Civil Veterinary Dept. Assam report 1927-50 - 1927-1950
Year: 1927
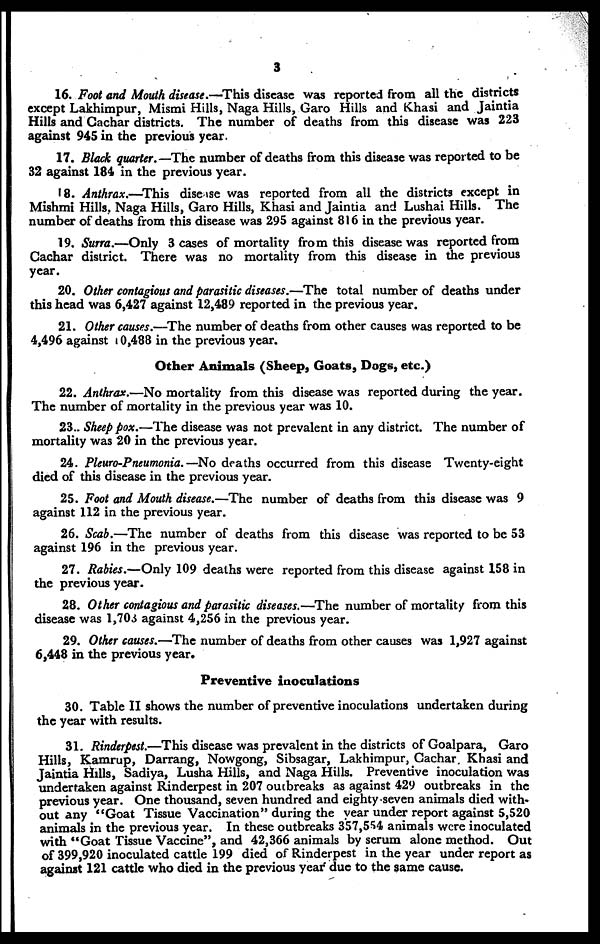
3
16. Foot and Mouth disease.—This disease was reported from all the districts
except Lakhimpur, Mismi Hills, Naga Hills, Garo Hills and Khasi and Jaintia
Hills and Cachar districts. The number of deaths from this disease was 223
against 945 in the previous year.
17. Black quarter.—The number of deaths from this disease was reported to be
32 against 184 in the previous year.
18. Anthrax.—This disease was reported from all the districts except in
Mishmi Hills, Naga Hills, Garo Hills, Khasi and Jaintia and Lushai Hills. The
number of deaths from this disease was 295 against 816 in the previous year.
19. Surra.—Only 3 cases of mortality from this disease was reported from
Cachar district. There was no mortality from this disease in the previous
year.
20. Other contagious and parasitic diseases.—The total number of deaths under
this head was 6,427 against 12,489 reported in the previous year.
21. Other causes.—The number of deaths from other causes was reported to be
4,496 against 10,488 in the previous year.
Other Animals (Sheep, Goats, Dogs, etc.)
22. Anthrax.—No mortality from this disease was reported during the year.
The number of mortality in the previous year was 10.
23. Sheep pox.—The disease was not prevalent in any district. The number of
mortality was 20 in the previous year.
24. Pleuro-Pneumonia.—No deaths occurred from this disease Twenty-eight
died of this disease in the previous year.
25. Foot and Mouth disease.—The number of deaths from this disease was 9
against 112 in the previous year.
26. Scab.—The number of deaths from this disease was reported to be 53
against 196 in the previous year.
27. Rabies.—Only 109 deaths were reported from this disease against 158 in
the previous year.
28. Other contagious and parasitic diseases.—The number of mortality from this
disease was 1,703 against 4,256 in the previous year.
29. Other causes.—The number of deaths from other causes was 1,927 against
6,448 in the previous year.
Preventive inoculations
30. Table II shows the number of preventive inoculations undertaken during
the year with results.
31. Rinderpest.—This disease was prevalent in the districts of Goalpara, Garo
Hills, Kamrup, Darrang, Nowgong, Sibsagar, Lakhimpur, Cachar Khasi and
Jaintia Hills, Sadiya, Lusha Hills, and Naga Hills. Preventive inoculation was
undertaken against Rinderpest in 207 outbreaks as against 429 outbreaks in the
previous year. One thousand, seven hundred and eighty seven animals died with-
out any "Goat Tissue Vaccination" during the year under report against 5,520
animals in the previous year. In these outbreaks 357,554 animals were inoculated
with "Goat Tissue Vaccine", and 42,366 animals by serum alone method. Out
of 399,920 inoculated cattle 199 died of Rinderpest in the year under report as
against 121 cattle who died in the previous year due to the same cause.